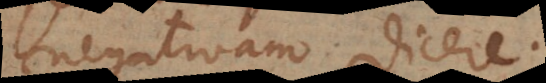
negativam dicere.